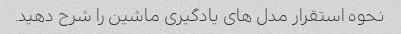
نحوه استقرار مدل های یادگیری ماشین را شرح دهید.